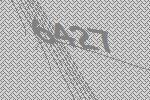
6427